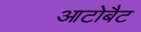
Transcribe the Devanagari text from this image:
आटोबैट